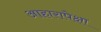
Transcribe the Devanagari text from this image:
आहारापेक्षा